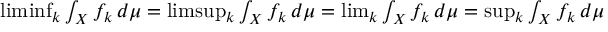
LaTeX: \textstyle \operatorname* { l i m i n f } _ { k } \int _ { X } f _ { k } \, d \mu = \textstyle \operatorname* { l i m s u p } _ { k } \int _ { X } f _ { k } \, d \mu = \operatorname* { l i m } _ { k } \int _ { X } f _ { k } \, d \mu = \operatorname* { s u p } _ { k } \int _ { X } f _ { k } \, d \mu